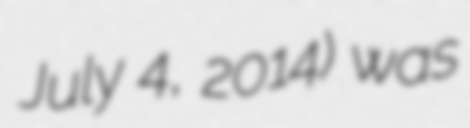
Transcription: July 4, 2014) was